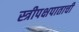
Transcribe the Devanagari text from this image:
स्त्रीपक्षपाताची